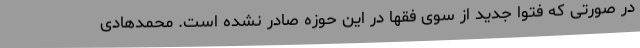
در صورتی که فتوا جدید از سوی فقها در این حوزه صادر نشده است. محمدهادی